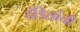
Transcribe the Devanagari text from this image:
दंडितांची